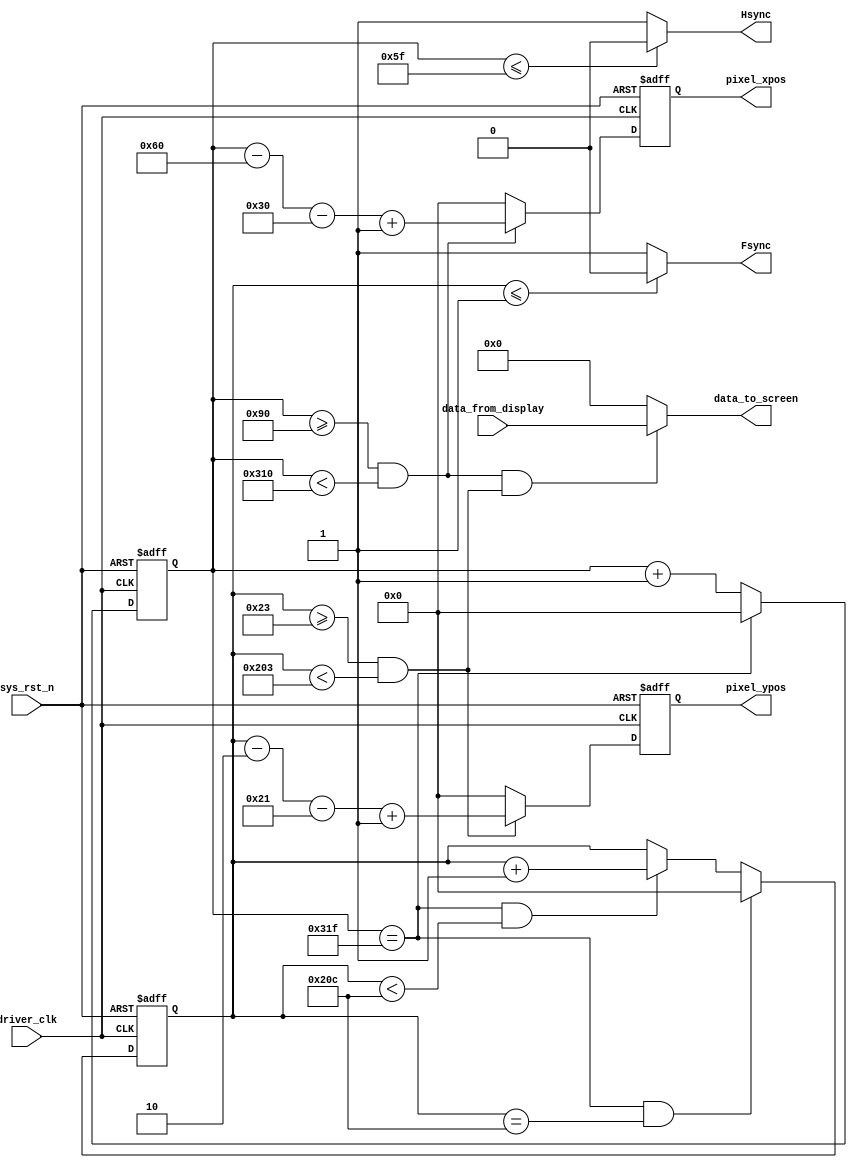
module vga_colorbar_driver(
		// input
		input						driver_clk				,  // 25.175MHz
		input						sys_rst_n				,
		input		[29:0]			data_from_display		,  // data generate by display module
		// output
		// output		[15:0]			data_to_screen			,  // data to vga & screen
		output		[29:0]			data_to_screen			,  // data to vga & screen
		output						Hsync					,
		output						Fsync					,
		output	reg	[ 9:0]			pixel_xpos				,  // pixel x position
		output	reg	[ 9:0]			pixel_ypos				   // pixel y position
);

	//// define ////
	parameter H_SYNC  = 10'd96; //
	parameter H_BACK  = 10'd48; //
	parameter H_DISP  = 10'd640; //
	parameter H_FRONT = 10'd16; //
	parameter H_TOTAL = 10'd800; //
	
	parameter V_SYNC  = 10'd2; //
	parameter V_BACK  = 10'd33; //
	parameter V_DISP  = 10'd480; //
	parameter V_FRONT = 10'd10; //
	parameter V_TOTAL = 10'd525; //
	
	//// main code ////
	reg [9:0] h_cnt;
	reg [9:0] v_cnt;
	// h_cnt
	always @(posedge driver_clk or negedge sys_rst_n) begin
		if(!sys_rst_n) begin
			h_cnt <= 'd0;
		end
		else if(h_cnt == H_TOTAL - 1'b1) begin
			h_cnt <= 'd0;
		end
		else begin
			h_cnt <= h_cnt + 1'b1;
		end
	end
	// v_cnt
	always @(posedge driver_clk or negedge sys_rst_n) begin
		if(!sys_rst_n) begin
			v_cnt <= 'd0;
		end
		else begin
			if(h_cnt == H_TOTAL - 1'b1 && v_cnt == V_TOTAL - 1'b1) begin
				v_cnt <= 'd0;
			end
			else if(h_cnt == H_TOTAL - 1'b1 && v_cnt < V_TOTAL - 1'b1) begin
				v_cnt <= v_cnt + 1'b1;
			end
			else begin
				v_cnt <= v_cnt;
			end
		end
		
	end

	// pixel_xpos
	always @(posedge driver_clk or negedge sys_rst_n) begin
		if(!sys_rst_n) begin
			pixel_xpos <= 'd0;
		end
		else if(h_cnt >= H_SYNC + H_BACK && h_cnt < H_TOTAL - H_FRONT) begin
			pixel_xpos <= h_cnt - H_SYNC - H_BACK + 1'b1;
		end
		else begin
			pixel_xpos <= 'd0;
		end
	end
	// pixel_ypos
	always @(posedge driver_clk or negedge sys_rst_n) begin
		if(!sys_rst_n) begin
			pixel_ypos <= 'd0;
		end
		else if(v_cnt >= V_SYNC + V_BACK && v_cnt < V_TOTAL - V_FRONT) begin
			pixel_ypos <= v_cnt - V_SYNC - V_BACK + 1'b1;
		end
		else begin
			pixel_ypos <= 'd0;
		end
	end

	// Hsync
	assign Hsync = (h_cnt <= H_SYNC - 1'b1) ? 1'b0 : 1'b1;
	// Fsync
	assign Fsync = (v_cnt <= V_SYNC - 1'b1) ? 1'b0 : 1'b1;

	// data_to_screen
	assign data_to_screen = ((h_cnt >= H_SYNC + H_BACK && h_cnt < H_TOTAL - H_FRONT) 
							&& (v_cnt >= V_SYNC + V_BACK && v_cnt < V_TOTAL - V_FRONT)) ? data_from_display : 'd0;


endmodule